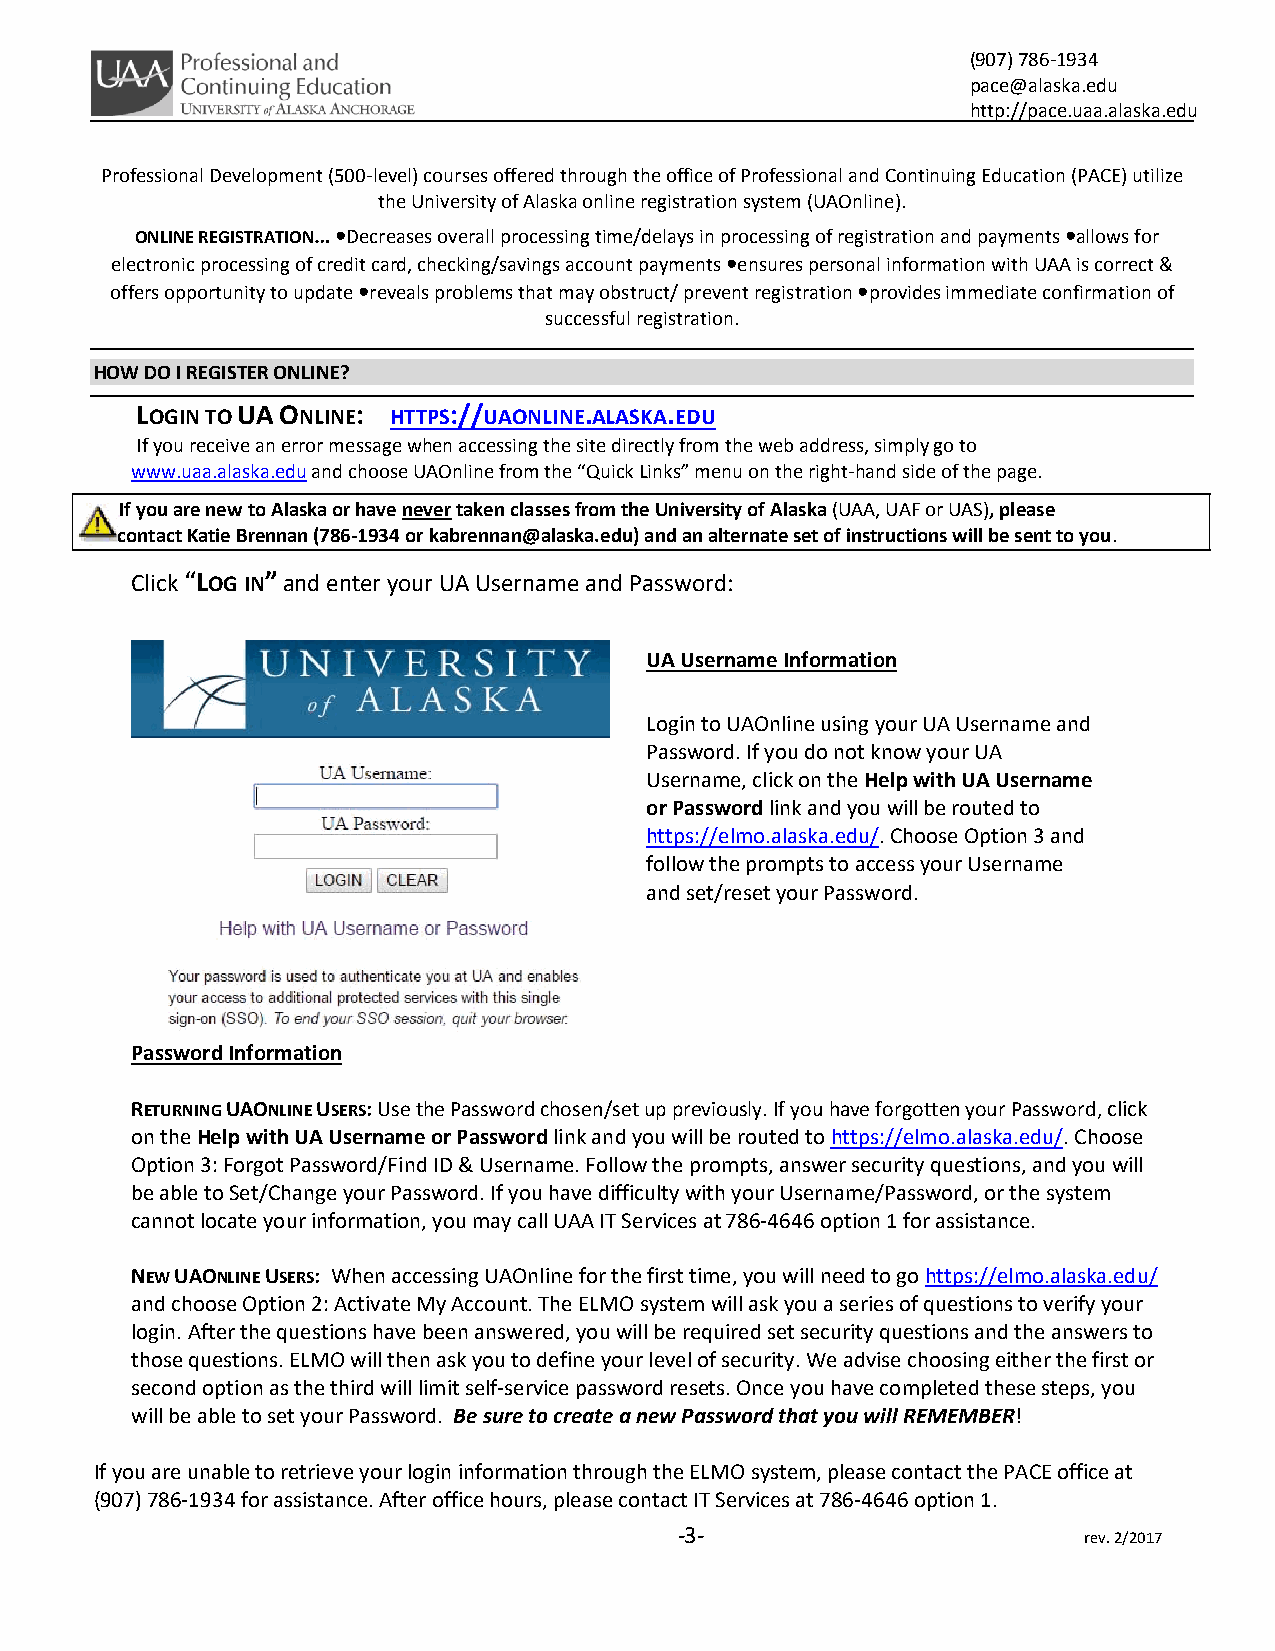
(907) 786‐1934
 pace@alaska.edu
 http://pace.uaa.alaska.edu
 Professional Development (500‐level) courses offered through the office of Professional and Continuing Education (PACE) utilize
 the University of Alaska online registration system (UAOnline).
 ONLINE REGISTRATION… •Decreases overall processing time/delays in processing of registration and payments •allows for
 electronic processing of credit card, checking/savings account payments •ensures personal information with UAA is correct &
 offers opportunity to update •reveals problems that may obstruct/ prevent registration •provides immediate confirmation of
 successful registration.
 HOW DO I REGISTER ONLINE?
 LOGIN TO UA ONLINE: HTTPS://UAONLINE.ALASKA.EDU
 If you receive an error message when accessing the site directly from the web address, simply go to
 www.uaa.alaska.edu and choose UAOnline from the “Quick Links” menu on the right‐hand side of the page.
 If you are new to Alaska or have never taken classes from the University of Alaska (UAA, UAF or UAS), please
 contact Katie Brennan (786‐1934 or kabrennan@alaska.edu) and an alternate set of instructions will be sent to you.
 Click “LOG IN” and enter your UA Username and Password:
 UA Username Information
 Login to UAOnline using your UA Username and
 Password. If you do not know your UA
 Username, click on the Help with UA Username
 or Password link and you will be routed to
 https://elmo.alaska.edu/. Choose Option 3 and
 follow the prompts to access your Username
 and set/reset your Password.
 Password Information
 RETURNING UAONLINE USERS: Use the Password chosen/set up previously. If you have forgotten your Password, click
 on the Help with UA Username or Password link and you will be routed to https://elmo.alaska.edu/. Choose
 Option 3: Forgot Password/Find ID & Username. Follow the prompts, answer security questions, and you will
 be able to Set/Change your Password. If you have difficulty with your Username/Password, or the system
 cannot locate your information, you may call UAA IT Services at 786‐4646 option 1 for assistance.
 NEW UAONLINE USERS: When accessing UAOnline for the first time, you will need to go https://elmo.alaska.edu/
 and choose Option 2: Activate My Account. The ELMO system will ask you a series of questions to verify your
 login. After the questions have been answered, you will be required set security questions and the answers to
 those questions. ELMO will then ask you to define your level of security. We advise choosing either the first or
 second option as the third will limit self‐service password resets. Once you have completed these steps, you
 will be able to set your Password. Be sure to create a new Password that you will REMEMBER!
 If you are unable to retrieve your login information through the ELMO system, please contact the PACE office at
 (907) 786‐1934 for assistance. After office hours, please contact IT Services at 786‐4646 option 1.
 ‐3‐
 rev. 2/2017